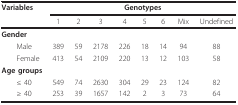
| Variables | <COLSPAN=8> Genotypes |
 |  | 1 | 2 | 3 | 4 | 5 | 6 | Mix | Undefined |
 | --- | --- | --- | --- | --- | --- | --- | --- | --- |
 | <COLSPAN=9> Gender |
 | Male | 389 | 59 | 2178 | 226 | 18 | 14 | 94 | 88 |
 | Female | 413 | 54 | 2109 | 220 | 13 | 12 | 103 | 58 |
 | <COLSPAN=9> Age groups |
 | ≤ 40 | 549 | 74 | 2630 | 304 | 29 | 23 | 124 | 82 |
 | ≥ 40 | 253 | 39 | 1657 | 142 | 2 | 3 | 73 | 64 |